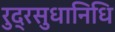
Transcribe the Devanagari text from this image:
रुद्रसुधानिधि